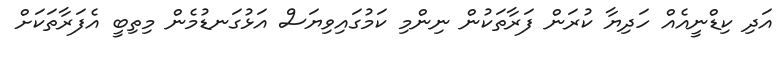
އަދި ކިޑްނީއެއް ހަދިޔާ ކުރަން ފަރާތަކުން ނިންމި ކަމުގައިވިޔަސް އަޅުގަނޑުމެން މިތިބީ އެފަރާތަަކަށް